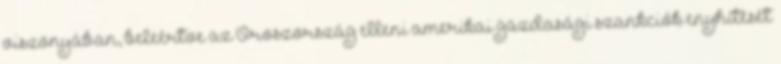
viszonyában, beleértve az Oroszország elleni amerikai gazdasági szankciók enyhítését